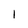
Character: 1